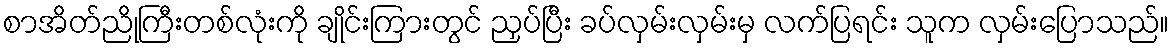
စာအိတ်ညိုကြီးတစ်လုံးကို ချိုင်းကြားတွင် ညှပ်ပြီး ခပ်လှမ်းလှမ်းမှ လက်ပြရင်း သူက လှမ်းပြောသည်။